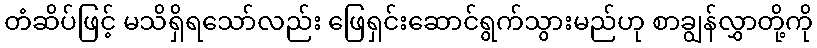
တံဆိပ်ဖြင့် မသိရှိရသော်လည်း ဖြေရှင်းဆောင်ရွက်သွားမည်ဟု စာချွန်လွှာတို့ကို